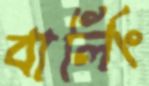
বার্লিং